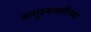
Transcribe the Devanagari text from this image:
समूहशक्तीच्या